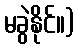
မခွဲနိုင်။)